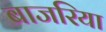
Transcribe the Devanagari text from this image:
बाजरिया